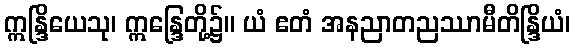
ဣန္ဒြိယေသု၊ ဣန္ဒြေတို့၌။ ယံ ဧတံ အနညာတညဿာမီတိန္ဒြိယံ၊